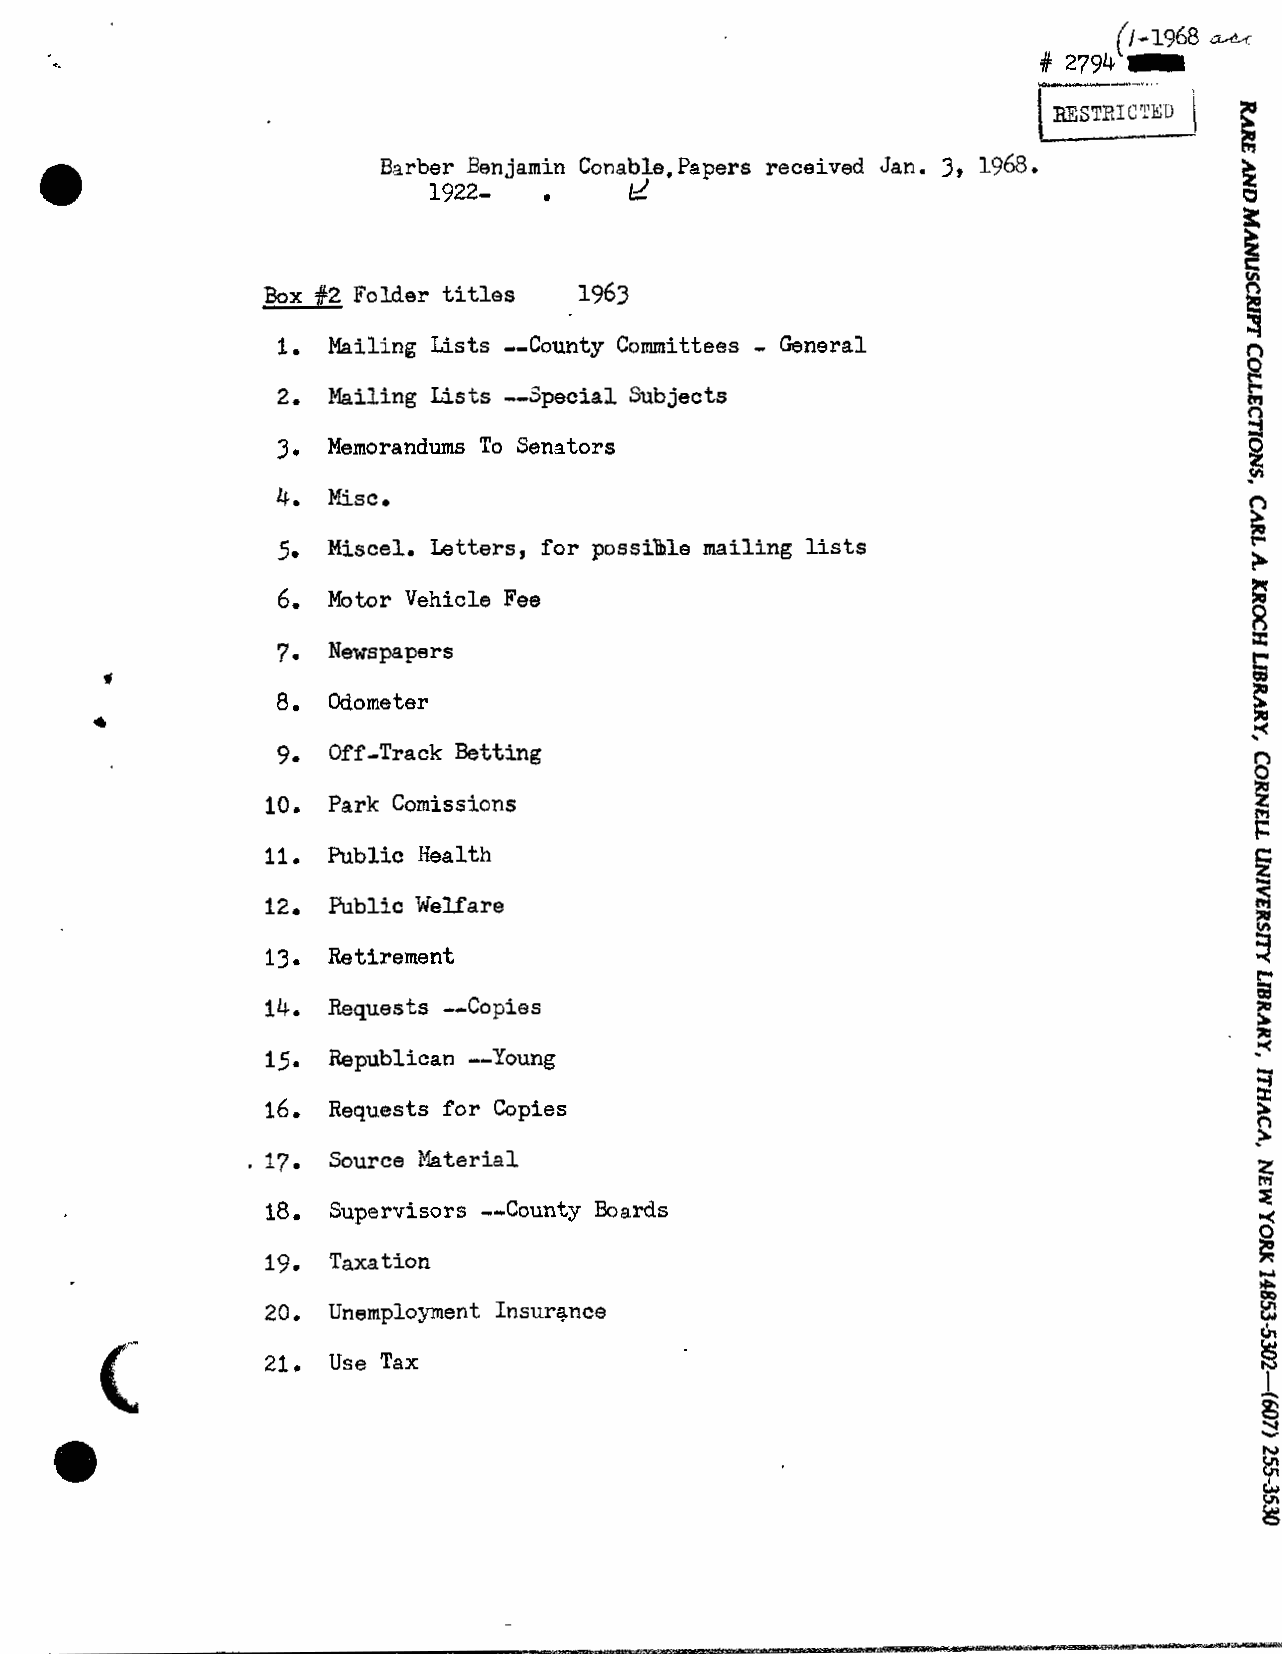
=
 (1-1968 e
 # 2794 r
 mSTBICTED
 Barber Ben jami. n Conable, Papers received Jan. 3, 1968. %
 :
 1922-        &
 ik
 P
 Box #2 Folder titles 1963
 a
 -
 1. Mailing Lists --County Committees General                    n
 k?
 2. Mailing Lists --Special Subjects                             m
 8
 3. Memorandums To Senators                                      p
 4. Misc*
 C,
 k
 5. Miscel. Letters, for possible mailing lists                  t-
 ?
 Motor Vehicle Fee
 Newspapers
 Odometer
 Off-Track Betting
 Park Comissions
 Public Health
 Public Welfare
 Retirement
 Requests --Copies
 Republican --Young
 Requests for Copies
 Source Material
 Supervisors --County Boards
 Taxation
 Unemployment Insurance
 Use Tax